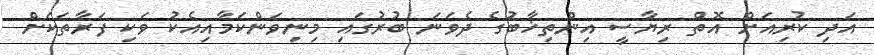
އަދި ކުރިއަށް އޮތް ރިޔާސީ އިންތިޚާބުގެ ދެވަނަ ބުރުގައި މިނިވަންކަމާއިއެކު ވަކި ފަރާތަކަށް